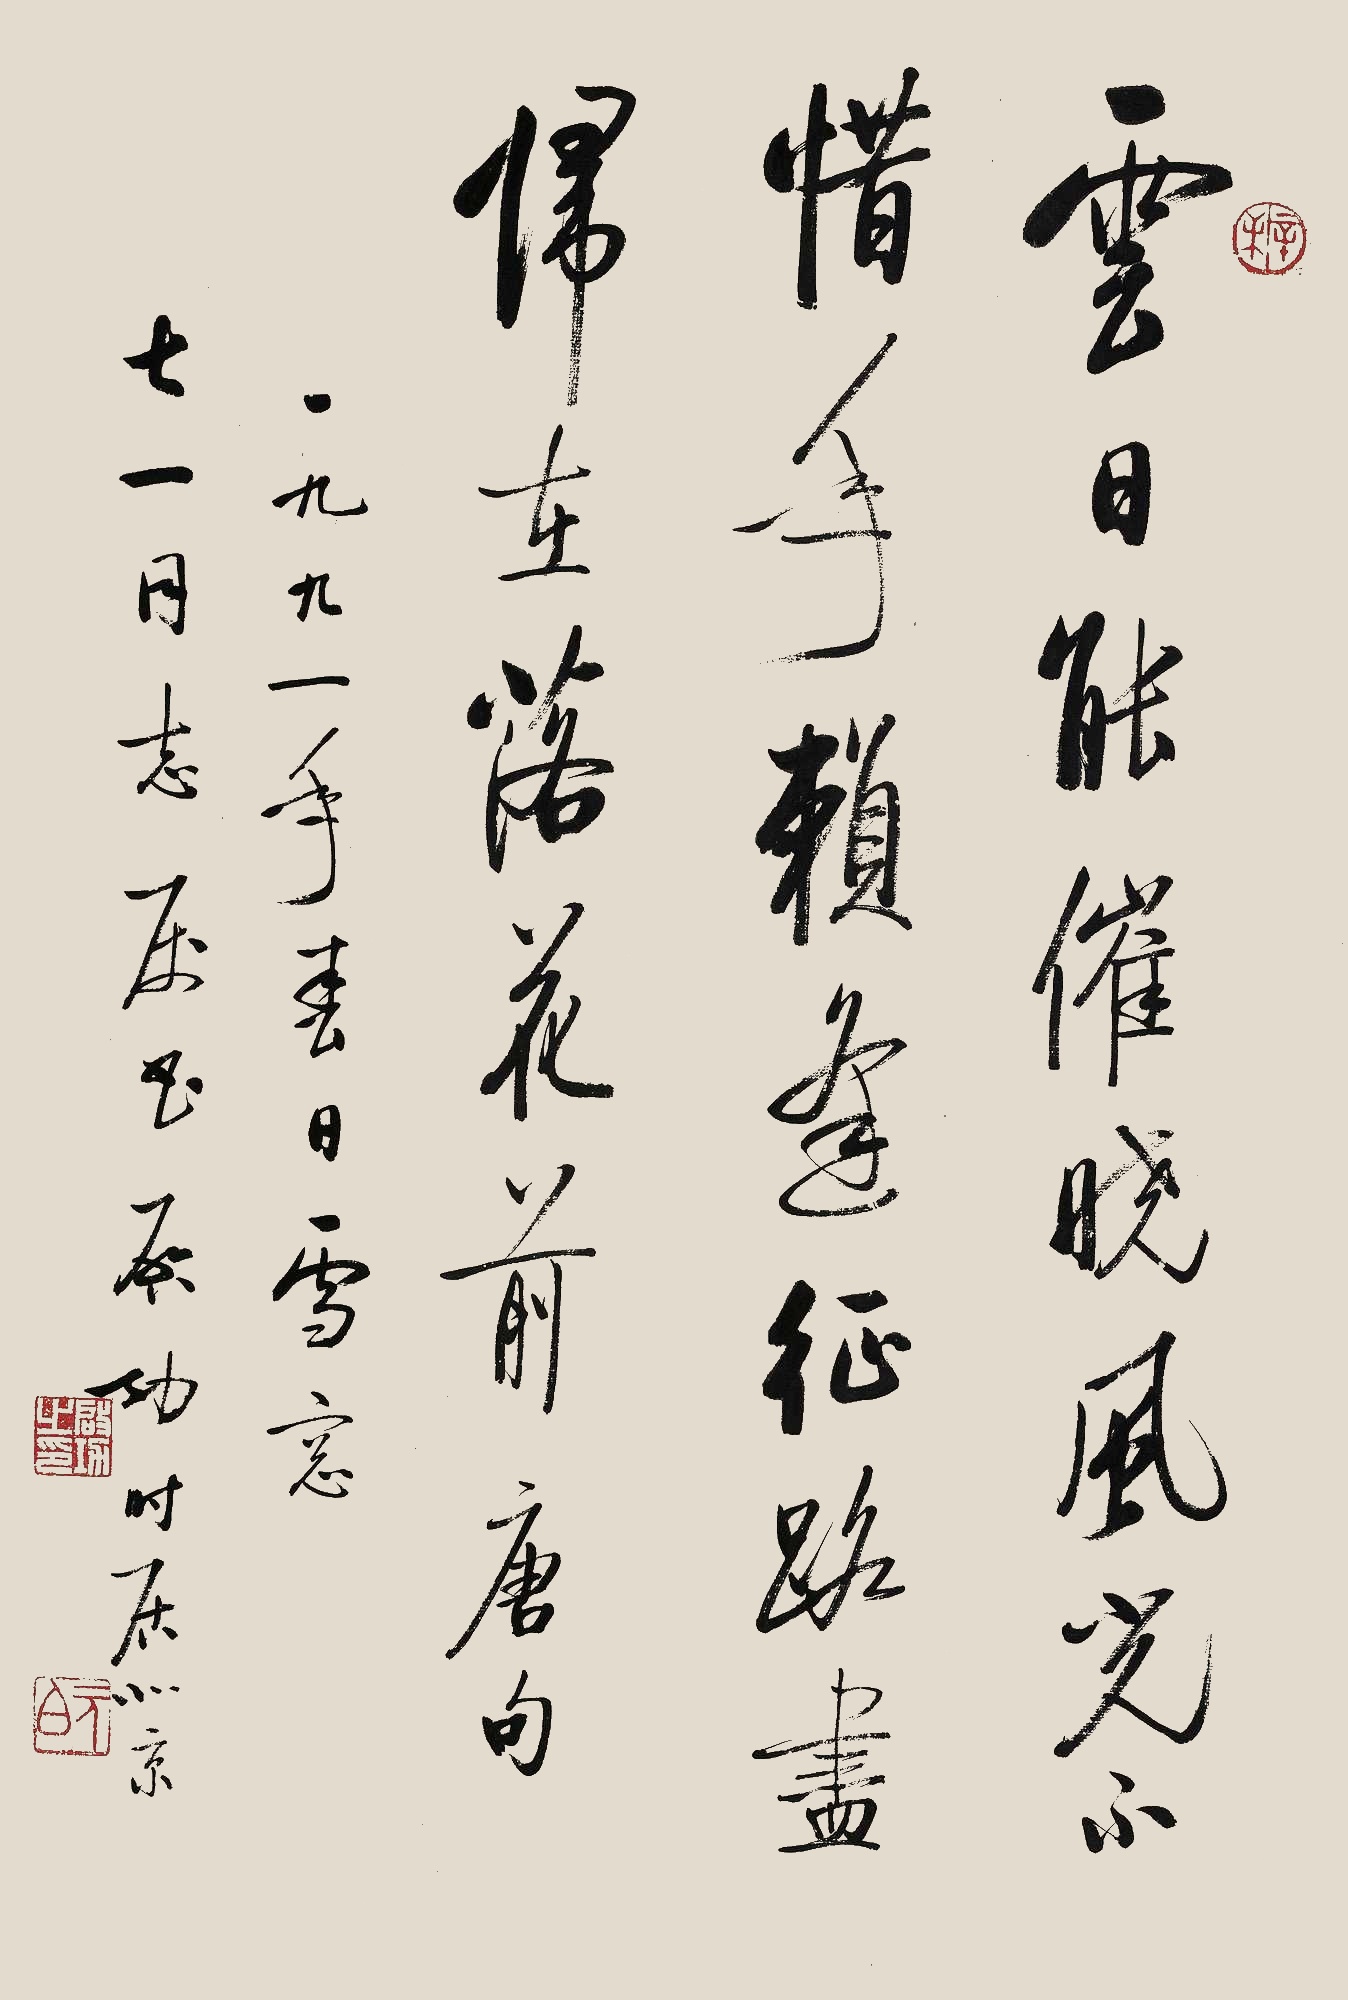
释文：云日能催晓，风光不惜年。赖逢征路尽，归在落花前。唐句。一九九一年春日雪窗，七一同志属书。启功时居北京。